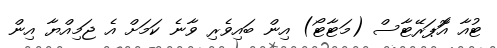
ޓުއާ އޮަޕަރޭޓާސް (މަޓާޓޯ) އިން ބައިވެރި ވާނެ ކަމަށް އެ ޖަމިއްޔާ އިން